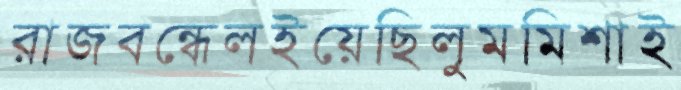
রাজবন্ধেলইয়েছিলুমমিশাই